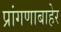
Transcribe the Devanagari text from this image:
प्रांगणाबाहेर